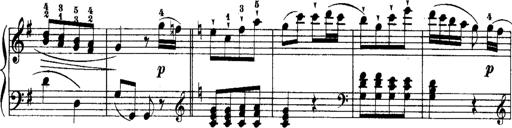
Title: Rondos and Sonatinas for Pianoforte
Composer: Daniel Steibelt